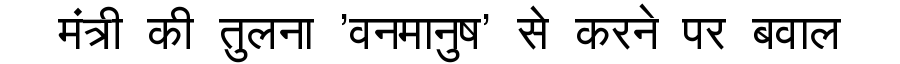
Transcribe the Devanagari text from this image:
मंत्री की तुलना 'वनमानुष' से करने पर बवाल